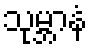
သုမ္ဘာနံ